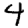
Digit: 4